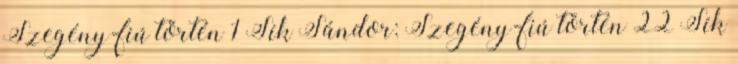
Szegény-fiú történ 1 Sík Sándor: Szegény-fiú történ 22 Sík